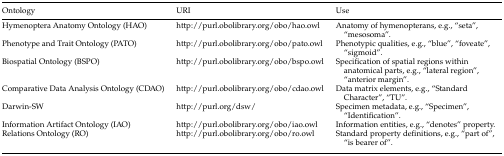
<table><thead><tr><td><b>Ontology</b></td><td><b>URI</b></td><td><b>Use</b></td></tr></thead><tbody><tr><td>Hymenoptera Anatomy Ontology (HAO)</td><td>http://purl.obolibrary.org/obo/hao.owl</td><td>Anatomy of hymenopterans, e.g., “seta”, “mesosoma”.</td></tr><tr><td>Phenotype and Trait Ontology (PATO)</td><td>http://purl.obolibrary.org/obo/pato.owl</td><td>Phenotypic qualities, e.g., “blue”, “foveate”, “sigmoid”.</td></tr><tr><td>Biospatial Ontology (BSPO)</td><td>http://purl.obolibrary.org/obo/bspo.owl</td><td>Specification of spatial regions within anatomical parts, e.g., “lateral region”, “anterior margin”.</td></tr><tr><td>Comparative Data Analysis Ontology (CDAO)</td><td>http://purl.obolibrary.org/obo/cdao.owl</td><td>Data matrix elements, e.g., “Standard Character”, “TU”.</td></tr><tr><td>Darwin-SW</td><td>http://purl.org/dsw/</td><td>Specimen metadata, e.g., “Specimen”, “Identification”.</td></tr><tr><td>Information Artifact Ontology (IAO)</td><td>http://purl.obolibrary.org/obo/iao.owl</td><td>Information entities, e.g., “denotes” property.</td></tr><tr><td>Relations Ontology (RO)</td><td>http://purl.obolibrary.org/obo/ro.owl</td><td>Standard property definitions, e.g., “part of”, “is bearer of”.</td></tr></tbody></table>